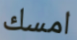
امسك